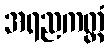
အရညကတ္တံ